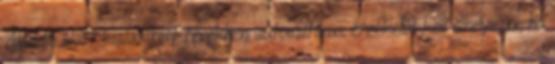
Álpadló alatt kialakított terekben automatikus érzékelõt kell elhelyezni, ha